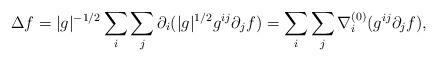
LaTeX: \begin{align*}\Delta f = |g|^{-1/2} \sum_i \sum_j \partial_i (|g|^{1/2} g^{ij} \partial_j f)= \sum_i \sum_j \nabla_{i}^{(0)} (g^{ij} \partial_j f),\end{align*}